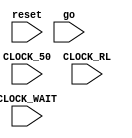
module testRL (reset, go, CLOCK_50, CLOCK_WAIT, CLOCK_RL);
	input reset, go, CLOCK_50, CLOCK_RL, CLOCK_WAIT;
	
	wire Mreset_height;
	wire Mreset_wait;
	wire Mheight_en;
	wire Mheight_incr;
	wire [2:0] Mwait;
	wire [4:0] Mheight;
	
	wire hiding;
	
	MoleRL  mrl(.Mwait(Mwait), .Mheight(Mheight), .CLOCK_WAIT(CLOCK_WAIT), .CLOCK_RL(CLOCK_RL), .Mreset_wait(Mreset_wait), .Mheight_en(Mheight_en), .Mreset_height(Mreset_height), .Mheight_incr(Mheight_incr));
	MoleRLControlFSM mrlfsm (.Mgo(go), .reset(reset), .CLOCK_50(CLOCK_50), .hiding(hiding), .Mwait(Mwait), .Mheight(Mheight), .Mreset_wait(Mreset_wait), .Mheight_en(Mheight_en), .Mreset_height(Mreset_height), .Mheight_incr(Mheight_incr));
endmodule

module MoleRL (Mwait, Mheight, CLOCK_WAIT, CLOCK_RL, Mreset_wait, Mheight_en, Mreset_height, Mheight_incr);
	input Mreset_height;
	input Mreset_wait;
	input Mheight_en;
	input Mheight_incr;
	input CLOCK_WAIT;
	input CLOCK_RL;
	
	output reg [2:0] Mwait;
	output reg [4:0] Mheight;
	
	always@(posedge CLOCK_WAIT, posedge Mreset_wait) begin
		if(Mreset_wait == 1'b1)
			Mwait <= 3'b0;
		else
			Mwait <= Mwait + 1'b1;
	end
	
	always@(posedge CLOCK_RL, posedge Mreset_height) begin
		if(Mreset_height == 1'b1)
			Mheight <= 3'b0;
		else
			begin
				if(Mheight_en == 1'b1 && Mheight_incr == 1'b1 && Mheight == 5'd20)
					Mheight <= 5'd20;
				else if (Mheight_en == 1'b1 && Mheight_incr == 1'b1)
					Mheight <= Mheight + 1'b1;
				else if(Mheight_en == 1'b1 && Mheight_incr == 1'b0 && Mheight == 5'b0)
					Mheight <= 5'b0;
				else if (Mheight_en == 1'b1 && Mheight_incr == 1'b0)
					Mheight <= Mheight - 1'b1;
			end
	end

endmodule

module MoleRLControlFSM (Mgo, reset, CLOCK_50, hiding, Mwait, Mheight, Mreset_wait, Mheight_en, Mreset_height, Mheight_incr);
	input [2:0] Mwait;
	input [4:0] Mheight;
	input reset;
	input CLOCK_50;
	input Mgo; //This mole should start to rise
	
	output reg Mreset_height;
	output reg Mreset_wait;
	output reg Mheight_en;
	output reg Mheight_incr;
	output reg hiding;
	
	reg [1:0] curr_state;
	reg [1:0] next_state;
	
	localparam  A = 2'b00,
				B = 2'b01,
				C = 2'b11,
				D = 2'b10;
				
	//Output
	always@(*) begin
		Mreset_height = 1'b0;
		Mreset_wait = 1'b0;
		Mheight_en = 1'b0;
		Mheight_incr = 1'b0;
		hiding = 1'b0;
		
		case (curr_state)
			A:  begin
					hiding = 1'b1;
					Mreset_height = 1'b1;
					Mreset_wait = 1'b1;
				end
			B:  begin
					Mreset_wait = 1'b1;
					Mheight_en = 1'b1;
					Mheight_incr = 1'b1;
				end 
			D:  begin 
					Mreset_wait = 1'b1;
					Mheight_en = 1'b1;
				end
			//C stays all 0
		endcase
	end
	
	
	//Next state
	always @(*) begin
		case(curr_state)
			A: next_state = (Mgo == 1'b1) ? B:A;
			B: next_state = (Mheight == 5'd20) ? C:B;
			C: next_state = (Mwait == 3'b100) ? D:C;
			D: next_state = (Mheight == 5'b0) ? A:D;
		endcase 
	end
	
	//State transitions
	always @(posedge CLOCK_50) begin
		if(reset == 1'b1)
			curr_state <= A;
		else 
			curr_state <= next_state;
	end
	
endmodule